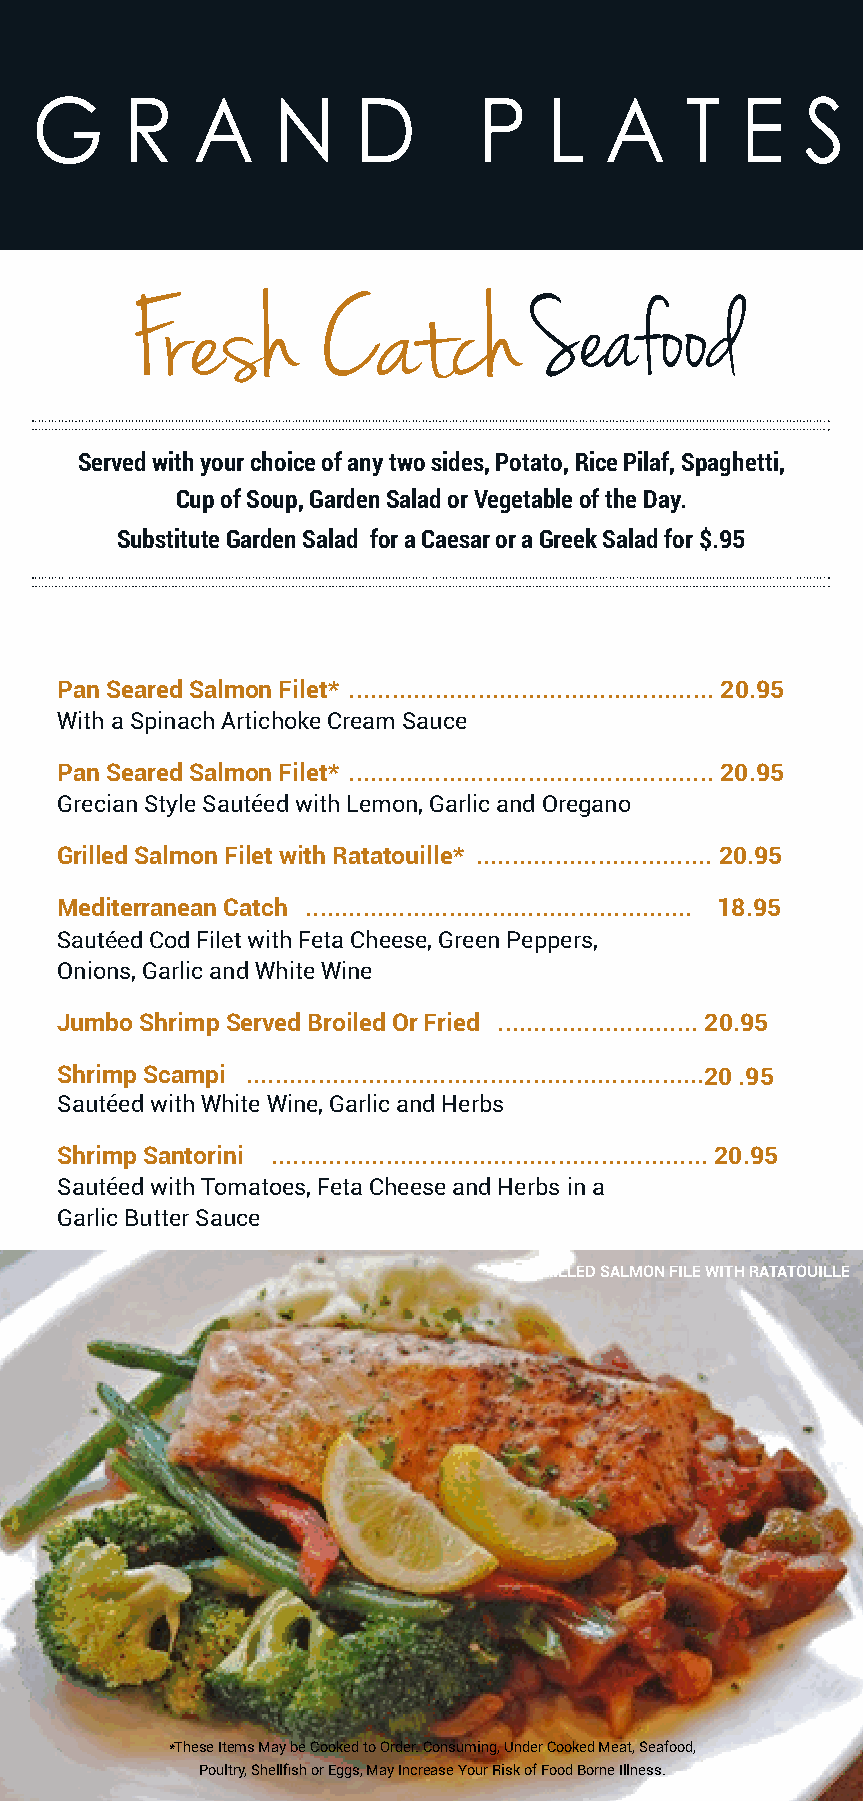
G     R    A    N    D        P   L   A    T   E   S
 Fresh       Catch         Seafood
 Served with your choice of any two sides, Potato, Rice Pilaf, Spaghetti,
 Cup of Soup, Garden Salad or Vegetable of the Day.
 Substitute Garden Salad for a Caesar or a Greek Salad for $.95
 Pan Seared Salmon Filet* ................................................... 20.95
 With a Spinach Artichoke Cream Sauce
 Pan Seared Salmon Filet* ................................................... 20.95
 Grecian Style Sautéed with Lemon, Garlic and Oregano
 Grilled Salmon Filet with Ratatouille* ................................. 20.95
 Mediterranean Catch ...................................................... 18.95
 Sautéed Cod Filet with Feta Cheese, Green Peppers,
 Onions, Garlic and White Wine
 Jumbo Shrimp Served Broiled Or Fried ............................ 20.95
 Shrimp Scampi ................................................................2 0 .95
 Sautéed with White Wine, Garlic and Herbs
 Shrimp Santorini ............................................................. 20.95
 Sautéed with Tomatoes, Feta Cheese and Herbs in a
 Garlic Butter Sauce
 GRILLED SALMON FILE WITH RATATOUILLE
 31     *These Items May be Cooked to Order. Consuming, Under Cooked Meat, Seafood,
 DEC 2021
 Poultry, Shellfish or Eggs, May Increase Your Risk of Food Borne Illness.